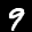
Label: 9